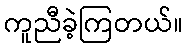
ကူညီခဲ့ကြတယ်။